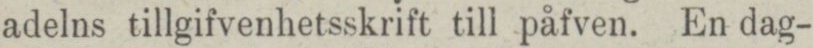
adelns tillgifvenhetsskrift till påfven. En dag-